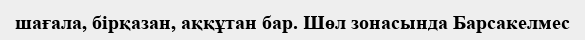
шағала, бірқазан, аққұтан бар. Шөл зонасында Барсакелмес